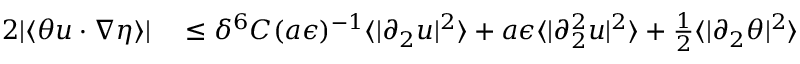
\begin{array} { r l } { 2 | \langle \theta u \cdot \nabla \eta \rangle | } & { { } \leq \delta ^ { 6 } C ( a \epsilon ) ^ { - 1 } \langle | \partial _ { 2 } u | ^ { 2 } \rangle + a \epsilon \langle | \partial _ { 2 } ^ { 2 } u | ^ { 2 } \rangle + \frac { 1 } { 2 } \langle | \partial _ { 2 } \theta | ^ { 2 } \rangle } \end{array}